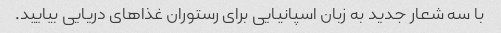
با سه شعار جدید به زبان اسپانیایی برای رستوران غذاهای دریایی بیایید.